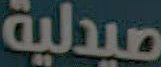
صيدلية